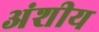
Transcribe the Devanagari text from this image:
अंशीय